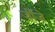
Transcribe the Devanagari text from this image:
जीजे